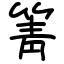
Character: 箐